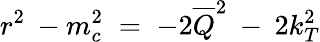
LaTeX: r^{2}\: -m_{c}^{2}\; =\; -2\overline{{{Q}}}^{2}\: -\: 2k_{T}^{2}